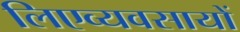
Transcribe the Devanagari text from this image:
लिएव्यवसायों